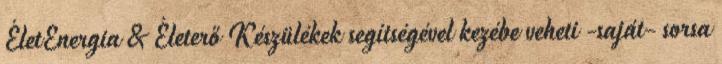
ÉletEnergia & Életerő Készülékek segítségével kezébe veheti -saját- sorsa